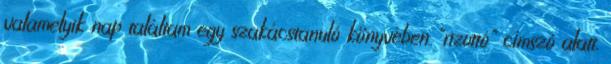
valamelyik nap találtam egy szakácstanuló könyvében "rizottó" címszó alatt.